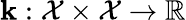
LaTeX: \mathbf{k}:\mathcal{{X}}\times\mathcal{{X}}\to\mathbb{{R}}